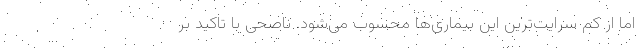
اما از کم سرایت‌ترین این بیماری‌ها محسوب می‌شود. ناصحی با تاکید بر